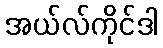
အယ်လ်ကိုင်ဒါ